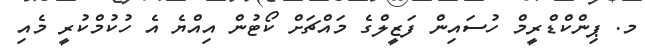
މ. ޕިންކްޑްރީމް ހުސައިން ފަޒީލްގެ މައްޗަށް ކޯޓުން އިއްޔެ އެ ހުކުމްކުރީ މެއި